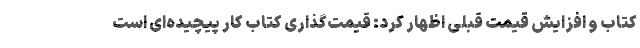
کتاب و افزایش قیمت قبلی اظهار کرد: قیمت‌گذاری کتاب کار پیچیده‌ای است